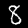
Label: 8